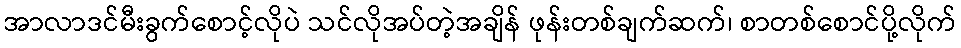
အာလာဒင်မီးခွက်စောင့်လိုပဲ သင်လိုအပ်တဲ့အချိန် ဖုန်းတစ်ချက်ဆက်၊ စာတစ်စောင်ပို့လိုက်